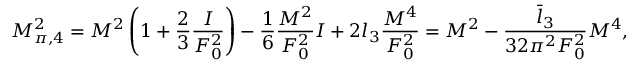
M _ { \pi , 4 } ^ { 2 } = M ^ { 2 } \left( 1 + \frac { 2 } { 3 } \frac { I } { F _ { 0 } ^ { 2 } } \right) - \frac { 1 } { 6 } \frac { M ^ { 2 } } { F _ { 0 } ^ { 2 } } I + 2 l _ { 3 } \frac { M ^ { 4 } } { F _ { 0 } ^ { 2 } } = M ^ { 2 } - \frac { \bar { l } _ { 3 } } { 3 2 \pi ^ { 2 } F _ { 0 } ^ { 2 } } M ^ { 4 } ,